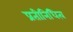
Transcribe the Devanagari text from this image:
प्रतीनिधित्व